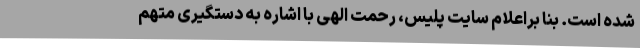
شده است. بنا براعلام سایت پلیس، رحمت الهی با اشاره به دستگیری متهم